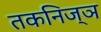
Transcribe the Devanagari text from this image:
तकनिज्ञ